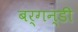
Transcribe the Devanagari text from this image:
बर्गन्डी